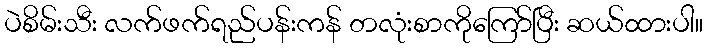
ပဲစိမ်းသီး လက်ဖက်ရည်ပန်းကန် တလုံးစာကိုကြော်ပြီး ဆယ်ထားပါ။